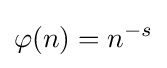
\varphi (n)=n^{-s}